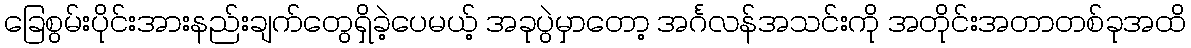
ခြေစွမ်းပိုင်းအားနည်းချက်တွေရှိခဲ့ပေမယ့် အခုပွဲမှာတော့ အင်္ဂလန်အသင်းကို အတိုင်းအတာတစ်ခုအထိ